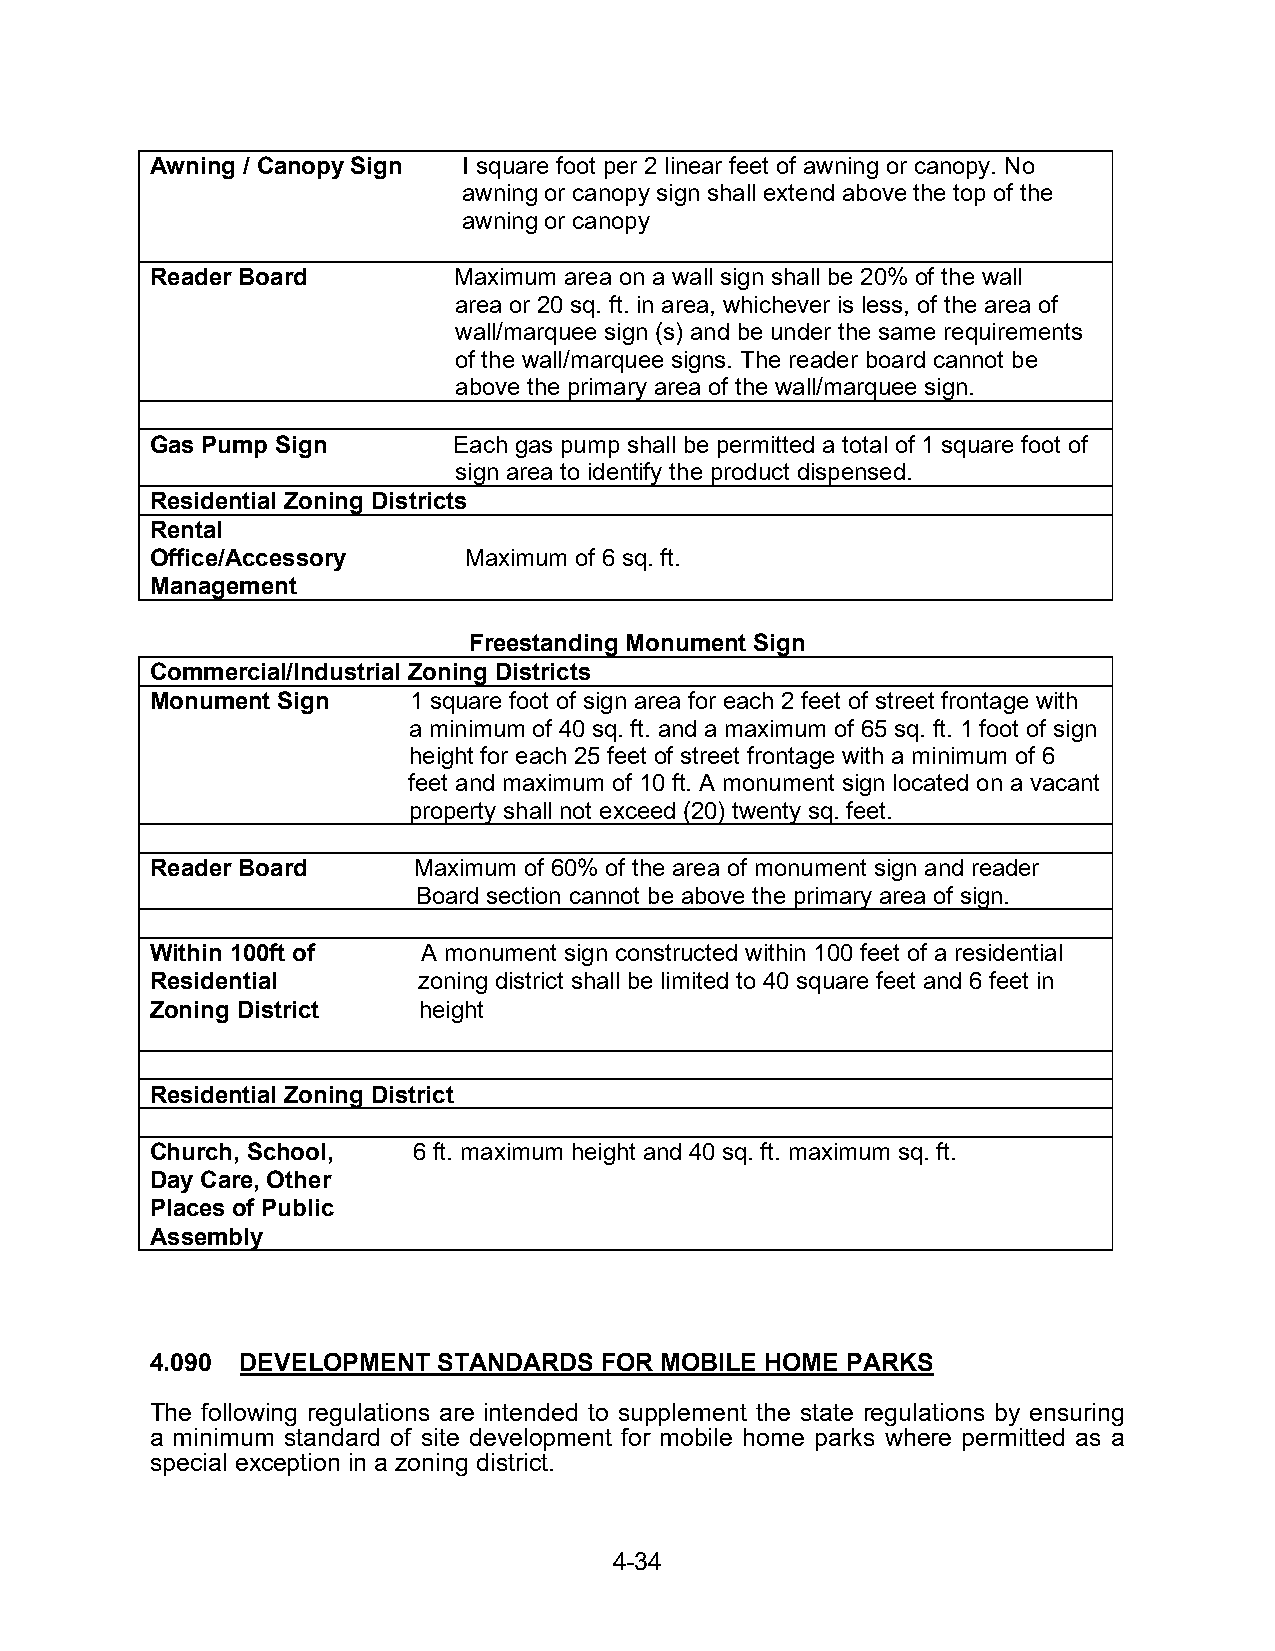
Awning / Canopy Sign I square foot per 2 linear feet of awning or canopy. No
 awning or canopy sign shall extend above the top of the
 awning or canopy
 Reader Board        Maximum area on a wall sign shall be 20% of the wall
 area or 20 sq. ft. in area, whichever is less, of the area of
 wall/marquee sign (s) and be under the same requirements
 of the wall/marquee signs. The reader board cannot be
 above the primary area of the wall/marquee sign.
 Gas Pump Sign       Each gas pump shall be permitted a total of 1 square foot of
 sign area to identify the product dispensed.
 Residential Zoning Districts
 Rental
 Office/Accessory     Maximum of 6 sq. ft.
 Management
 Freestanding Monument Sign
 Commercial/Industrial Zoning Districts
 Monument Sign    1 square foot of sign area for each 2 feet of street frontage with
 a minimum of 40 sq. ft. and a maximum of 65 sq. ft. 1 foot of sign
 height for each 25 feet of street frontage with a minimum of 6
 feet and maximum of 10 ft. A monument sign located on a vacant
 property shall not exceed (20) twenty sq. feet.
 Reader Board     Maximum of 60% of the area of monument sign and reader
 Board section cannot be above the primary area of sign.
 Within 100ft of   A monument sign constructed within 100 feet of a residential
 Residential       zoning district shall be limited to 40 square feet and 6 feet in
 Zoning District   height
 Residential Zoning District
 Church, School,  6 ft. maximum height and 40 sq. ft. maximum sq. ft.
 Day Care, Other
 Places of Public
 Assembly
 4.090 DEVELOPMENT  STANDARDS  FOR MOBILE HOME PARKS
 The following regulations are intended to supplement the state regulations by ensuring
 a minimum standard of site development for mobile home parks where permitted as a
 special exception in a zoning district.
 4-34